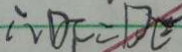
\therefore D F = D E